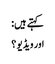
کہتے ہیں:
اور ویڈیو ؟